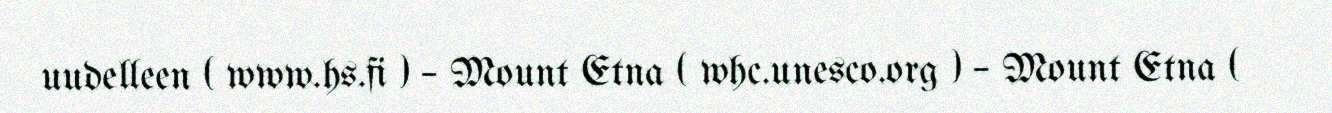
uudelleen ( www.hs.fi ) – Mount Etna ( whc.unesco.org ) – Mount Etna (